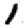
Digit: 1